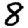
Digit: 8